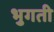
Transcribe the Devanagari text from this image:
भुगती